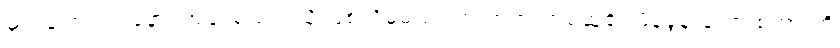
မှတ်ချက်။ ။”နောင်အခါ မည်ကဲ့သို့ ဖြစ်လိမ့်မည်”ဟု ဘုရားတစ်ဆူ၏ မိန့်ခွန်းတော် စကားကို